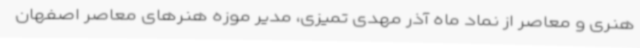
هنری و معاصر از نماد ماه آذر مهدی تمیزی، مدیر موزه هنرهای معاصر اصفهان